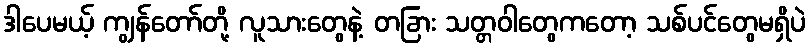
ဒါပေမယ့် ကျွန်တော်တို့ လူသားတွေနဲ့ တခြား သတ္တဝါတွေကတော့ သစ်ပင်တွေမရှိပဲ